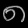
Digit: ၈